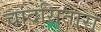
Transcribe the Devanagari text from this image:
चांदसितारा